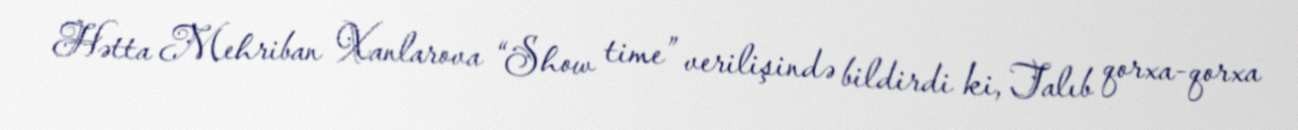
Hətta Mehriban Xanlarova “Show time” verilişində bildirdi ki, Talıb qorxa-qorxa